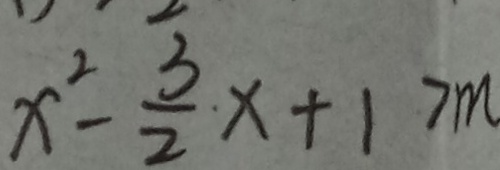
x ^ { 2 } - \frac { 3 } { 2 } x + 1 > m